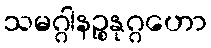
သမဂ္ဂါနဉ္စနုဂ္ဂဟော